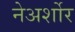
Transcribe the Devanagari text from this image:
नेअर्शोर